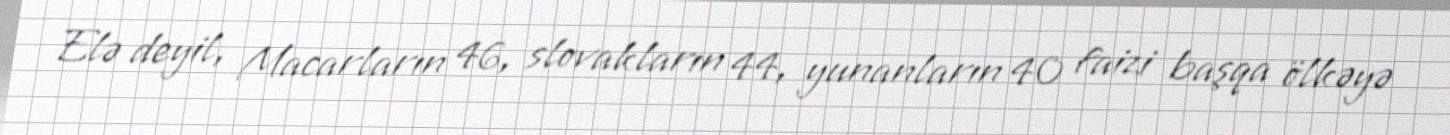
Elə deyil, Macarların 46, slovakların 44, yunanların 40 faizi başqa ölkəyə